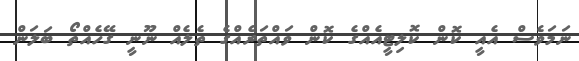
ނަމަވެސް އެއީ ކޮން ކޮލިޓީއެއްގެ ކޮން ވައްތަރެއްގެ ތެލެއް ނޫނީ ގޭހެއްތޯ ބަލަން